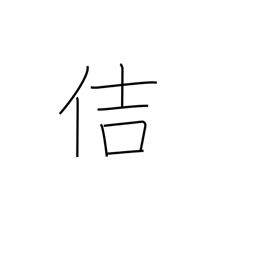
Meaning: healthy